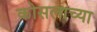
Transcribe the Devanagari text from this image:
कोसलाच्या